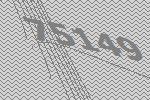
75149